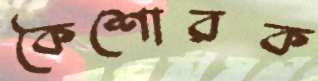
কৈশোরক